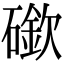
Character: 䃢